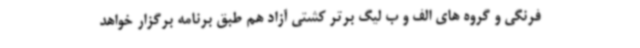
فرنگی و گروه های الف و ب لیگ برتر کشتی آزاد هم طبق برنامه برگزار خواهد